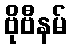
ဗိုဗီနမ်